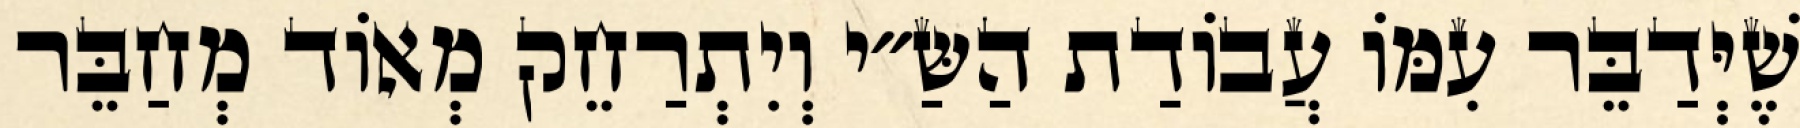
שֶׁיְּדַבֵּר עִמּוֹ עֲבוֹדַת הַשַּ״י וְיִתְרַחֵק מְאוֹד מְחַבֵּר